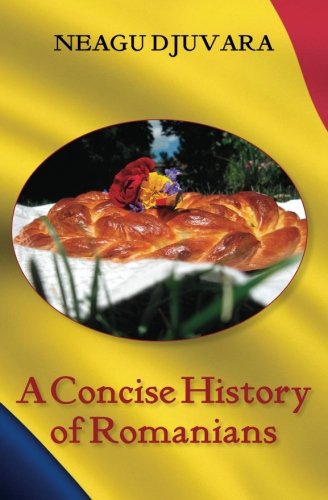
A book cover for A Concise History of Romanians; Neagu Djuvara; History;